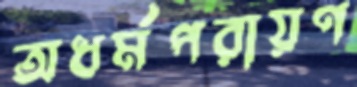
অধর্মপরায়ণ